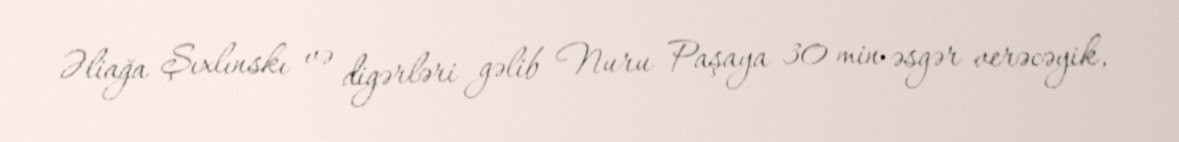
Əliağa Şıxlınskı və digərləri gəlib Nuru Paşaya 30 min əsgər verəcəyik,